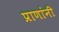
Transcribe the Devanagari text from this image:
प्राणांनी